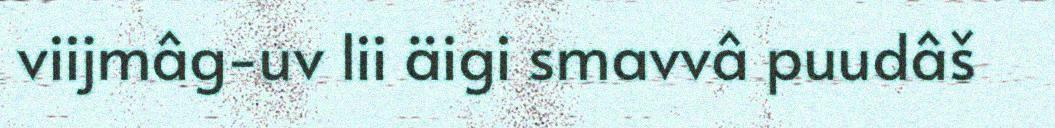
viijmâg-uv lii äigi smavvâ puudâš